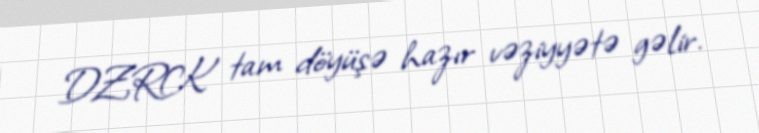
DZRK tam döyüşə hazır vəziyyətə gəlir.